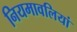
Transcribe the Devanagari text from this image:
नियमावलियां